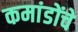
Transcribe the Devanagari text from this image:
कमांडोंचे